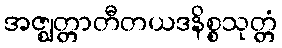
အဇ္ဈတ္တာတီတယဒနိစ္စသုတ္တံ